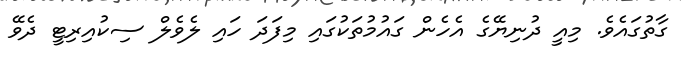
ގާތުގައެވެ. މިއީ ދުނިޔޭގެ އެހެން ގައުމުތަކުގައި މިފަދަ ހައި ލެވެލް ސިކުއިރިޓީ ދެވޭ